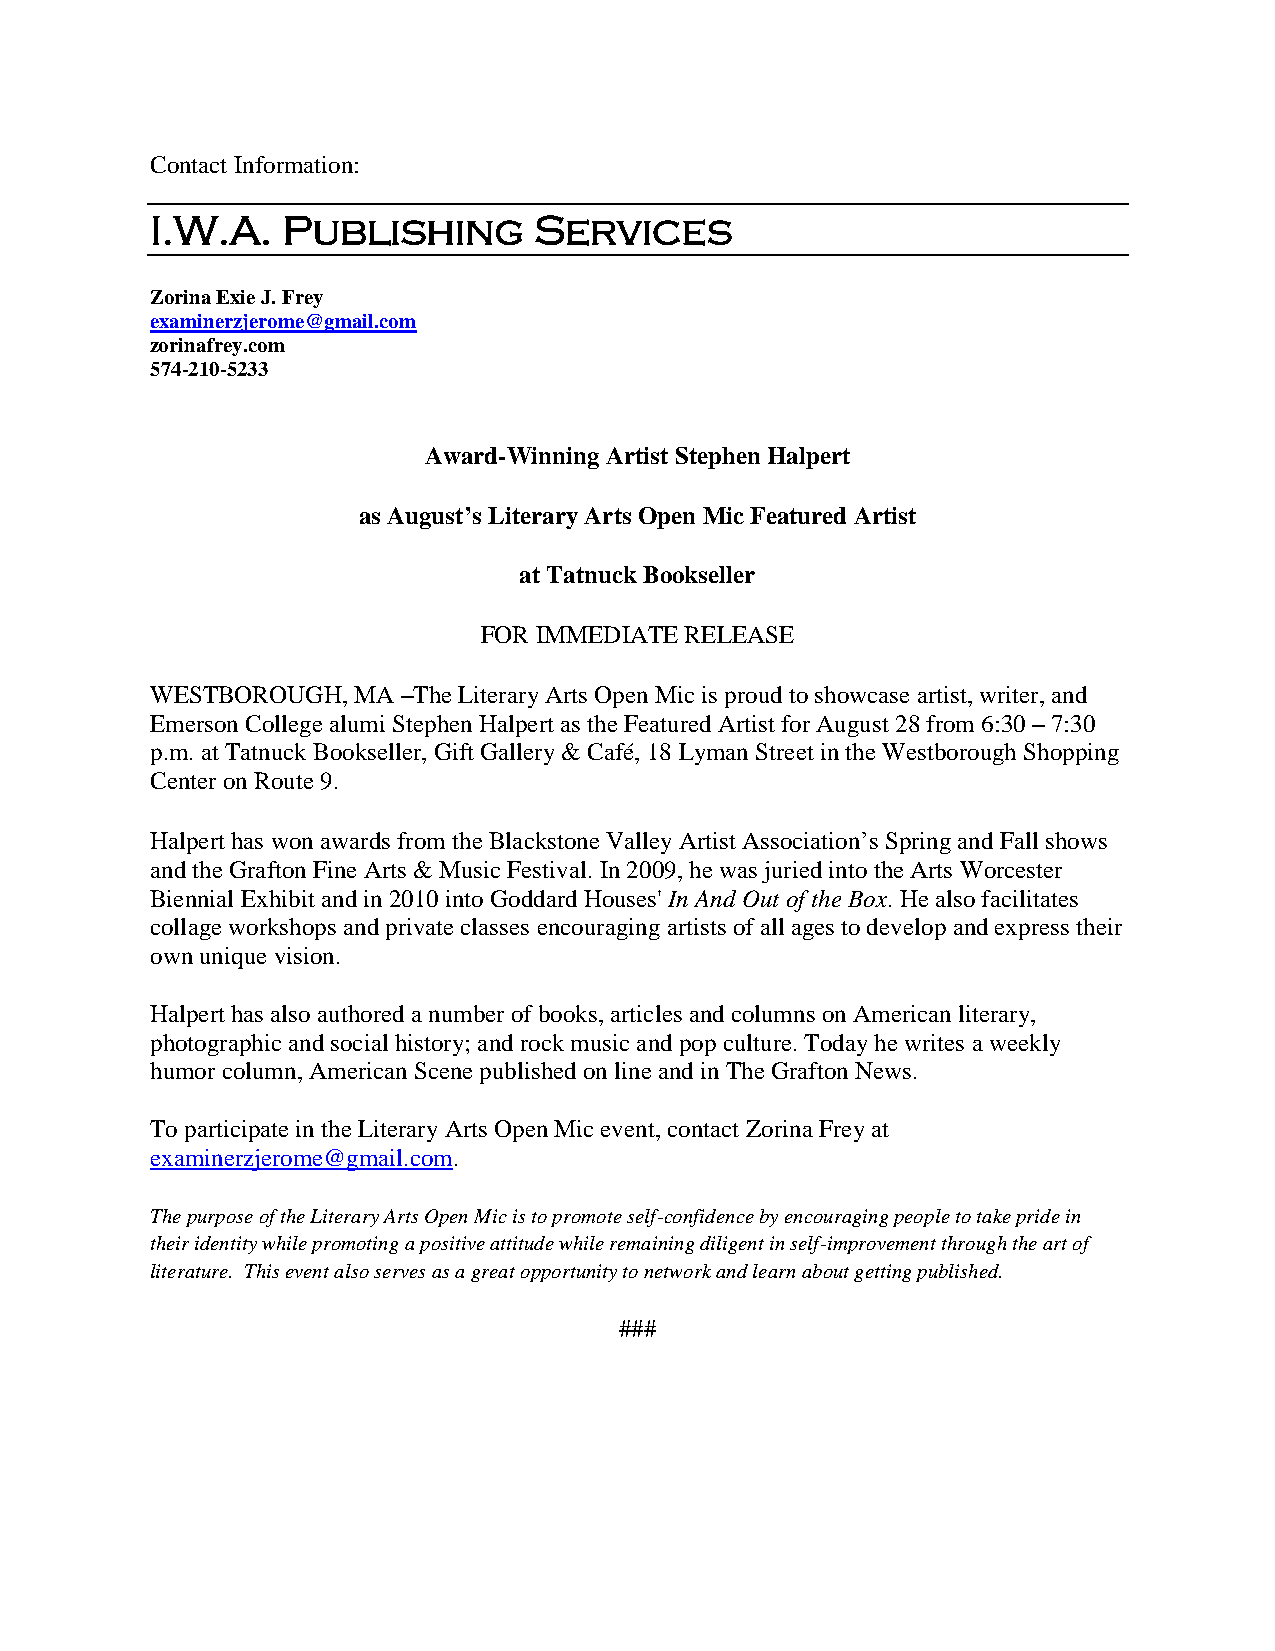
Contact Information:
 I.W.A.   Publishing      Services
 Zorina Exie J. Frey
 examinerzjerome@gmail.com
 zorinafrey.com
 574-210-5233
 Award-Winning Artist Stephen Halpert
 as August’s Literary Arts Open Mic Featured Artist
 at Tatnuck Bookseller
 FOR IMMEDIATE RELEASE
 WESTBOROUGH, MA  –The Literary Arts Open Mic is proud to showcase artist, writer, and
 Emerson College alumi Stephen Halpert as the Featured Artist for August 28 from 6:30 – 7:30
 p.m. at Tatnuck Bookseller, Gift Gallery & Café, 18 Lyman Street in the Westborough Shopping
 Center on Route 9.
 Halpert has won awards from the Blackstone Valley Artist Association’s Spring and Fall shows
 and the Grafton Fine Arts & Music Festival. In 2009, he was juried into the Arts Worcester
 Biennial Exhibit and in 2010 into Goddard Houses' In And Out of the Box. He also facilitates
 collage workshops and private classes encouraging artists of all ages to develop and express their
 own unique vision.
 Halpert has also authored a number of books, articles and columns on American literary,
 photographic and social history; and rock music and pop culture. Today he writes a weekly
 humor column, American Scene published on line and in The Grafton News.
 To participate in the Literary Arts Open Mic event, contact Zorina Frey at
 examinerzjerome@gmail.com.
 The purpose of the Literary Arts Open Mic is to promote self-confidence by encouraging people to take pride in
 their identity while promoting a positive attitude while remaining diligent in self-improvement through the art of
 literature. This event also serves as a great opportunity to network and learn about getting published.
 ###